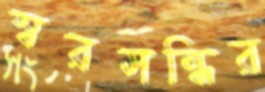
স্বরসন্ধির